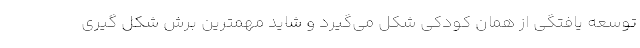
توسعه یافتگی از همان کودکی شکل می‌‌گیرد و شاید مهمترین برش شکل گیری